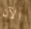
الآن